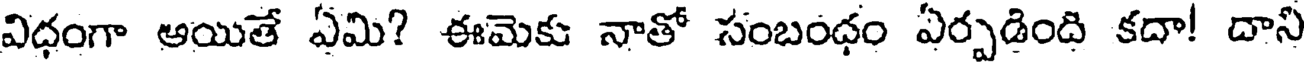
విధంగా ఆయితే ఏమి? ఈమెకు నాతో సంబంధం ఏర్పడింది కదా! దాని